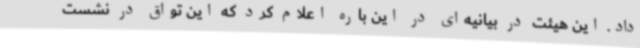
داد. این هیئت در بیانیه‌ای در این باره اعلام کرد که این تواق در نشست